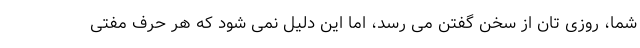
شما، روزی تان از سخن گفتن می رسد، اما این دلیل نمی شود که هر حرف مفتی